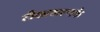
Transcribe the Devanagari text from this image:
टीकाकरणके